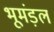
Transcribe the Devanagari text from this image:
भूमंड़ल